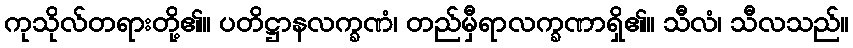
ကုသိုလ်တရားတို့၏။ ပတိဋ္ဌာနလက္ခဏံ၊ တည်မှီရာလက္ခဏာရှိ၏။ သီလံ၊ သီလသည်။